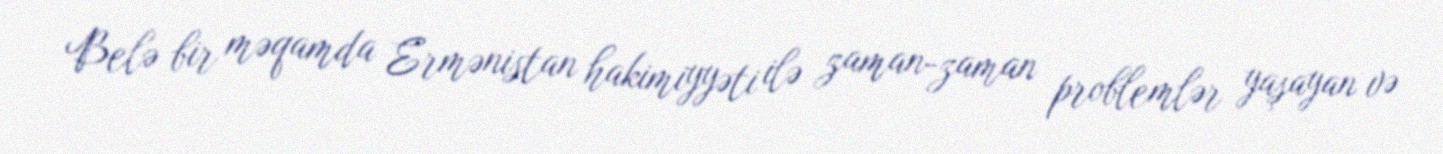
Belə bir məqamda Ermənistan hakimiyyəti ilə zaman-zaman problemlər yaşayan və